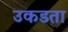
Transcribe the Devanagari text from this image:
उकडता